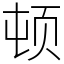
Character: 顿